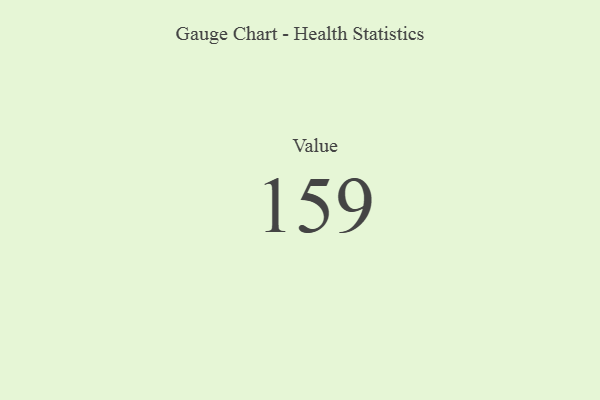
{"axis": {"x": "Metric", "y": "Value"}, "legend": [""], "data": [{"x": "Value", "y": 159, "type": ""}]}